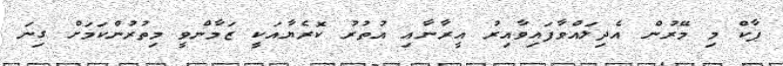
ޕާކް މި މޭރުން އެދިލައްވާފައިވާއިރު އީރާނާއި އުތުރު ކޮރެޔާއަކީ ޒަމާންވީ މިތުރުންކަމަށް ގިނަ